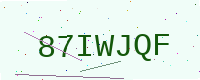
Text: 87IWJQF